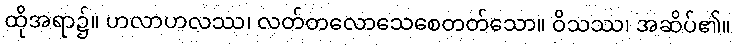
ထိုအရာ၌။ ဟလာဟလဿ၊ လတ်တလောသေစေတတ်သော။ ဝိသဿ၊ အဆိပ်၏။